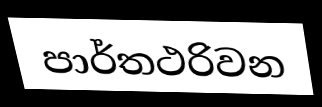
පාර්තථරිවන